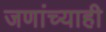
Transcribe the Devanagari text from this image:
जणांच्याही